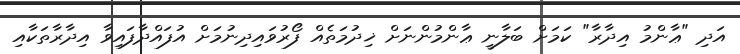
އަދި "ޢާންމު އިދާރާ" ކަމަށް ބަލާނީ ޢާންމުންނަށް ޚިދުމަތެއް ފޯރުވައިދިނުމަށް އުފައްދާފައިވާ އިދާރާތަކާއި